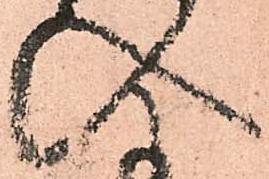
入